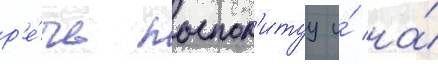
р'е́чь поспол'итуу и́ на́